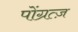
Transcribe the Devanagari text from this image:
पोंग्रत्ज़